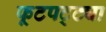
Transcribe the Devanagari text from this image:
फूटपट्ट्या